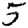
Digit: 5